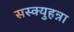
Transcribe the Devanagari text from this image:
सस्क्युहन्ना